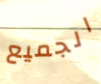
الجميع